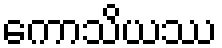
ကောသိယဿ